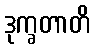
ဒုက္ခတာတိ